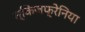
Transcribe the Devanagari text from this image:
स्किजफ्रेनिया